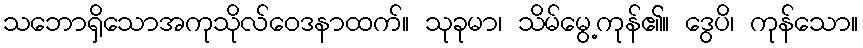
သဘောရှိသောအကုသိုလ်ဝေဒနာထက်။ သုခုမာ၊ သိမ်မွေ့ကုန်၏။ ဒွေပိ၊ ကုန်သော။